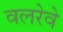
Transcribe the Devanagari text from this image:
वलरेवे